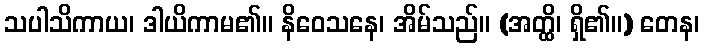
သပါသိကာယ၊ ဒါယိကာမ၏။ နိဝေသနေ၊ အိမ်သည်။ (အတ္ထိ၊ ရှိ၏။) တေန၊